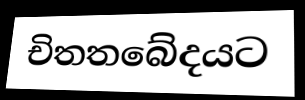
චිතතබේදයට